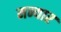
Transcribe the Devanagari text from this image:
मन्यार